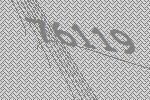
76119